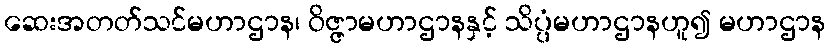
ဆေးအတတ်သင်မဟာဌာန၊ ဝိဇ္ဇာမဟာဌာနနှင့် သိပ္ပံမဟာဌာနဟူ၍ မဟာဌာန